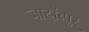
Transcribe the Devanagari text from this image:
जादॉब्पुर्